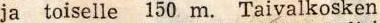
ja toiselle 150 m. Taivalkosken